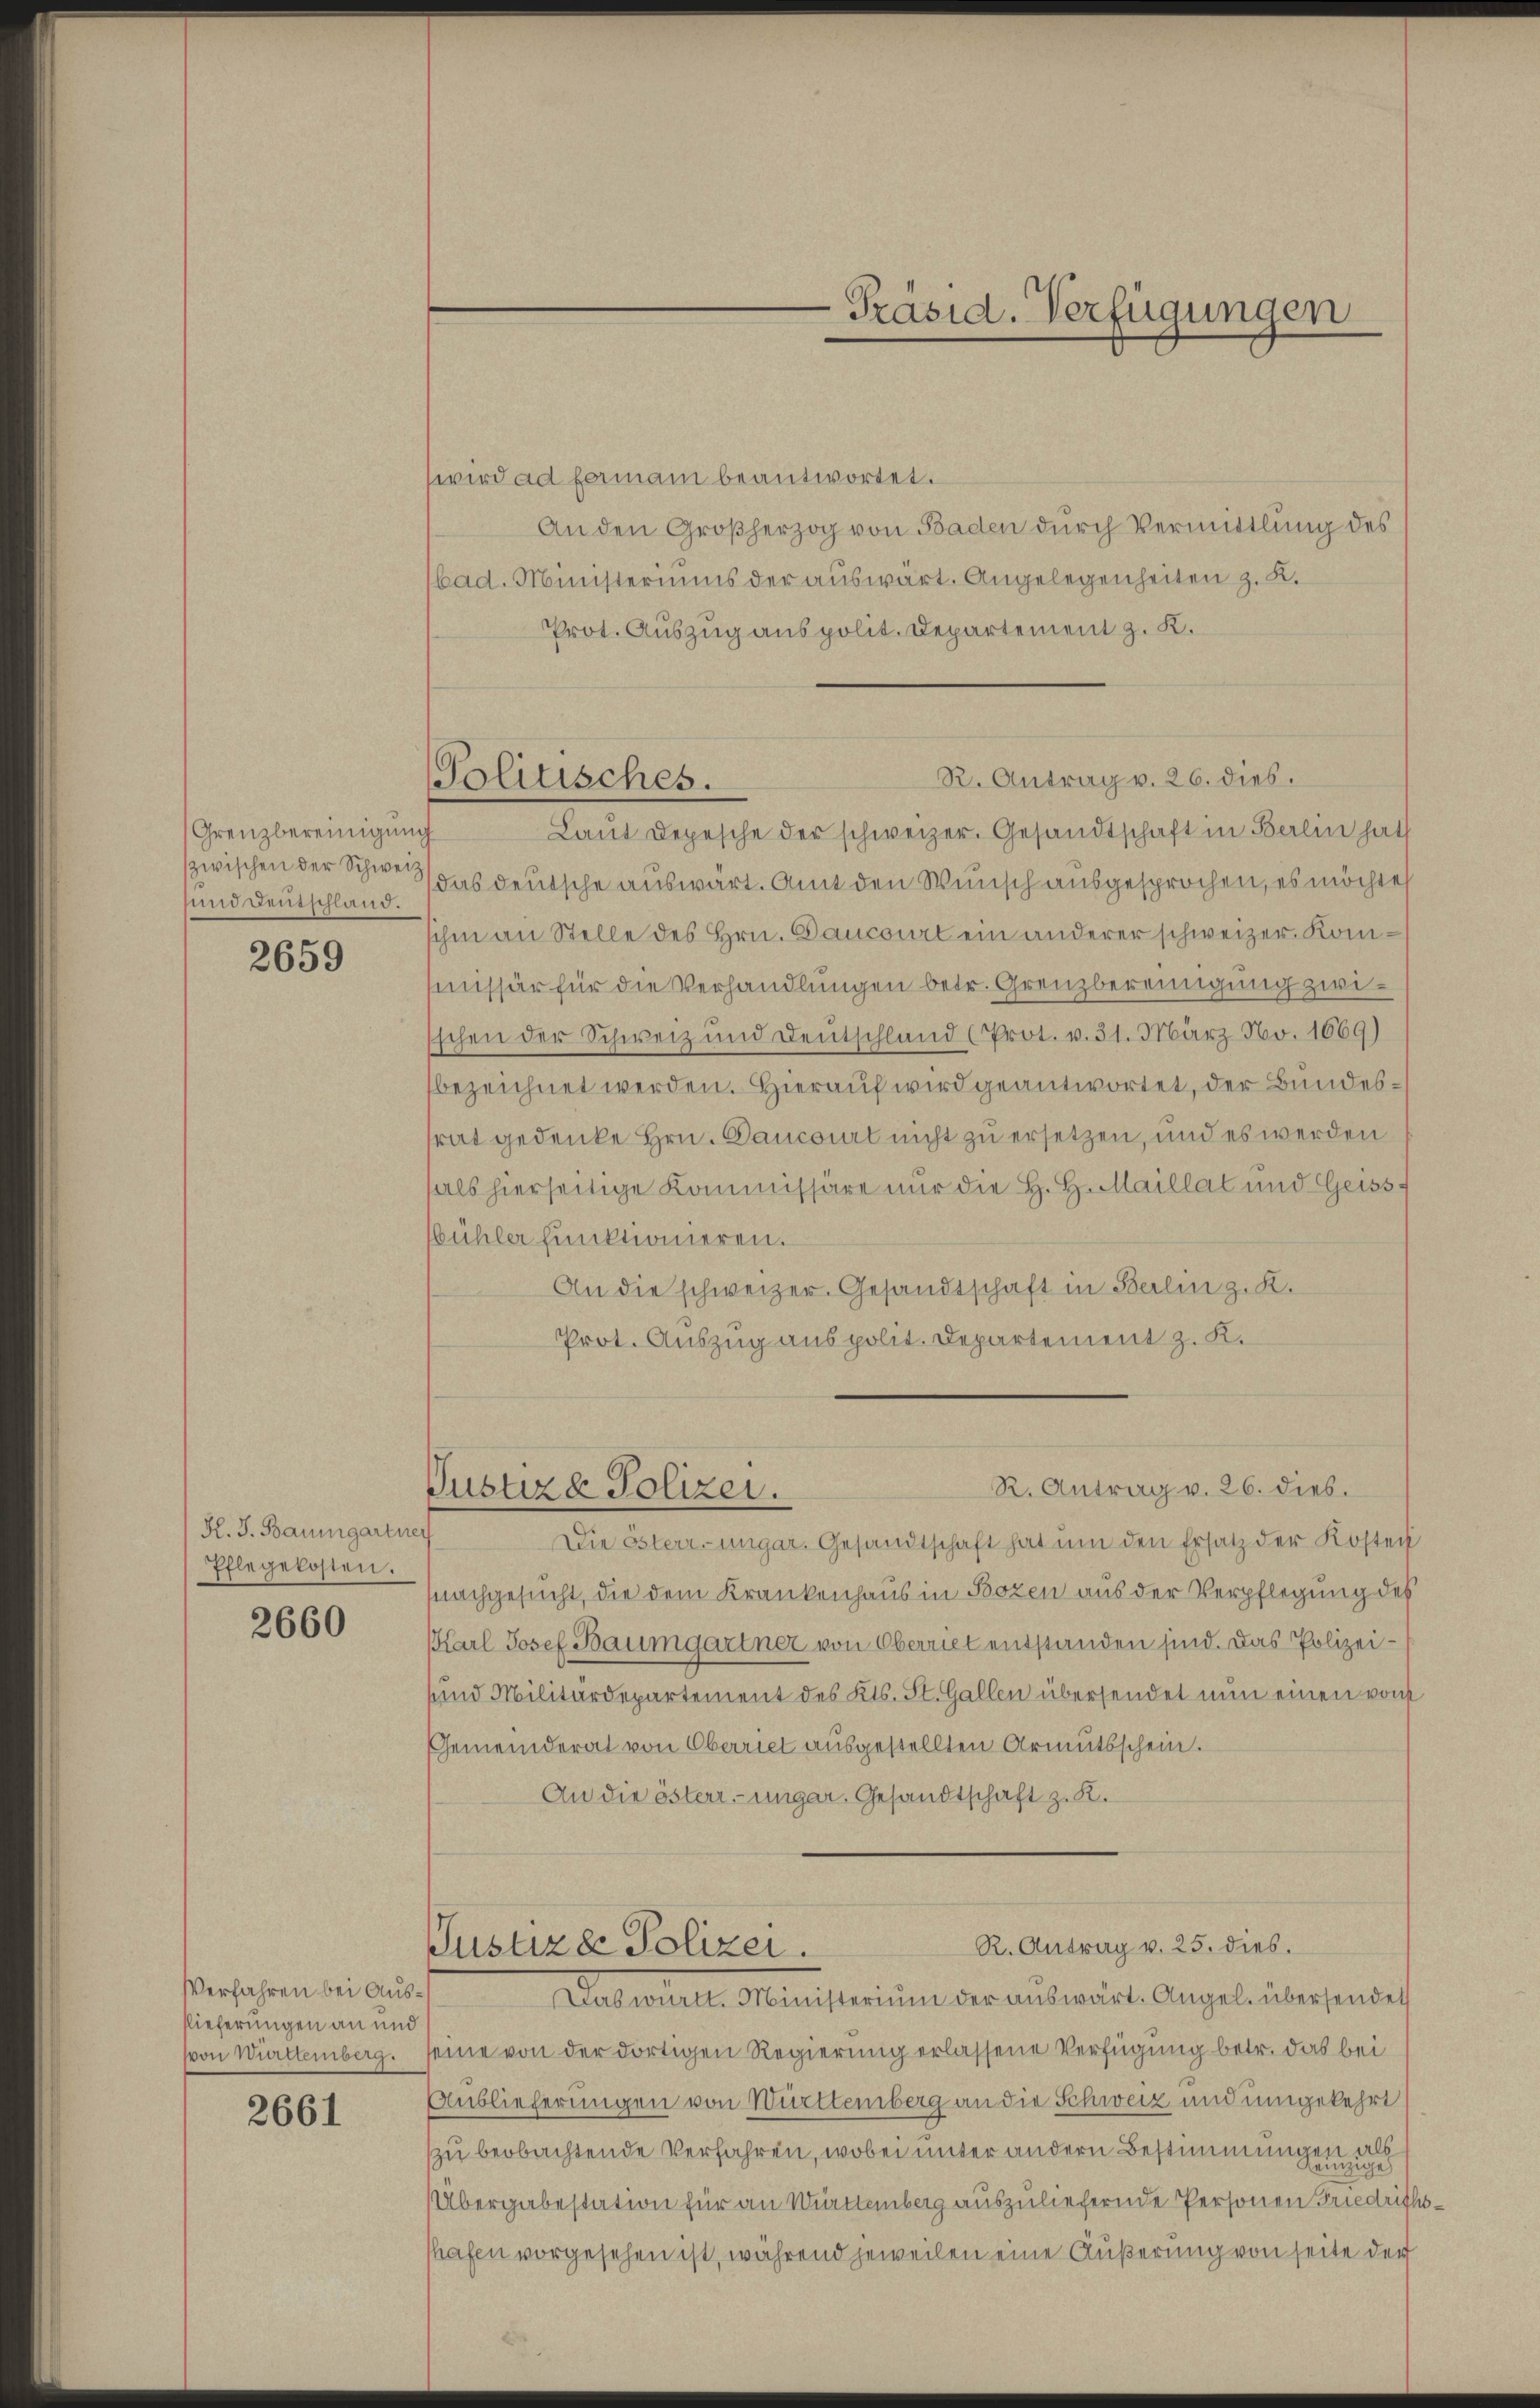
Grenzbereinigung
und Deutschland.

2659

K. J. Baumgartner
Pflegekosten.

2660

Verfahren bei Ausslieferungen an und
vvon Württemberg.

2661

wird ad fermani beantwortet.
An den Großherzog von Baden durch Vermittlung des
bad. Ministeriums der auswärt. Angelegenheiten z. K.
Prot. Auszug aus polit. Departement z. K.
Laŭt Depesche der schweizer. Gesandtschaft in Berlin hat
zwischen der Schwer das deutsche auswärt. Amt den Wunsch ausgesprochen, es möchtes
ihm an Stelle des Hrn. Baucourt ein anderer schweizer. Kommissär für die Verhandlungen betr. Grenzbereinigung zwi¬
Eschen der Schweiz und Deutschland (Prot. v. 31. März No. 1669)
bezeichnet werden. Hierauf wird geantwortet, der Bundestrat gedenke Hrn. Gaucourt nicht zu ersetzen, und es werden
hals hierseitige Kommissäre nur die H. H. Maillat und Geissbühler funktionieren.
An die schweizer. Gesandtschaft in Berlin z. K.
Prot. Auszug aus polit. Departement z. K.

Politisches.

Die österr-ungar. Gesandtschaft hat um den Ersatz der Kosten
nachgesucht, die dem Krankenhaus in Bozen aus der Verpflegung des
Karl Josef Baumgartner von Oberriet entstanden sind. Das Polizeisund Militärdepartement des Kts. St. Gallen übersendet nun einen von
Gemeinderat von Oberriet ausgestellten Armutsschein.
An die österr. ungar. Gesandtschaft z. R.
R. Antrag v. 25. dies.
Justizde Polizei.
Das wird. Ministerium der auswärte Angel übersendet
seine von der dortigen Regierung erlassene Verfügung betr. das bei
Auslieferungen von Württemberg an die Schweiz und umgekehrt
zu beobachtende Verfahren, wobei unter andern Bestimmungen all
Übergabestation für an Württemberg auszuliefernde Personen Friedrichshafen vorgesehen ist, während jeweilen eine Äußerung von seite der

-Präsid. Verfügungen

R. Antrag v. 26. dies.

R. Antrag v. 26. dies.
Justiza Polizei.